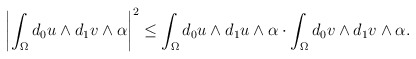
\begin{align*}\begin{aligned}\left|\int_{\Omega}d_0 u\wedge d_1 v\wedge\alpha\right|^2\leq \int_{\Omega}d_0 u\wedge d_1 u\wedge\alpha\cdot \int_{\Omega}d_0 v\wedge d_1 v\wedge\alpha.\end{aligned}\end{align*}